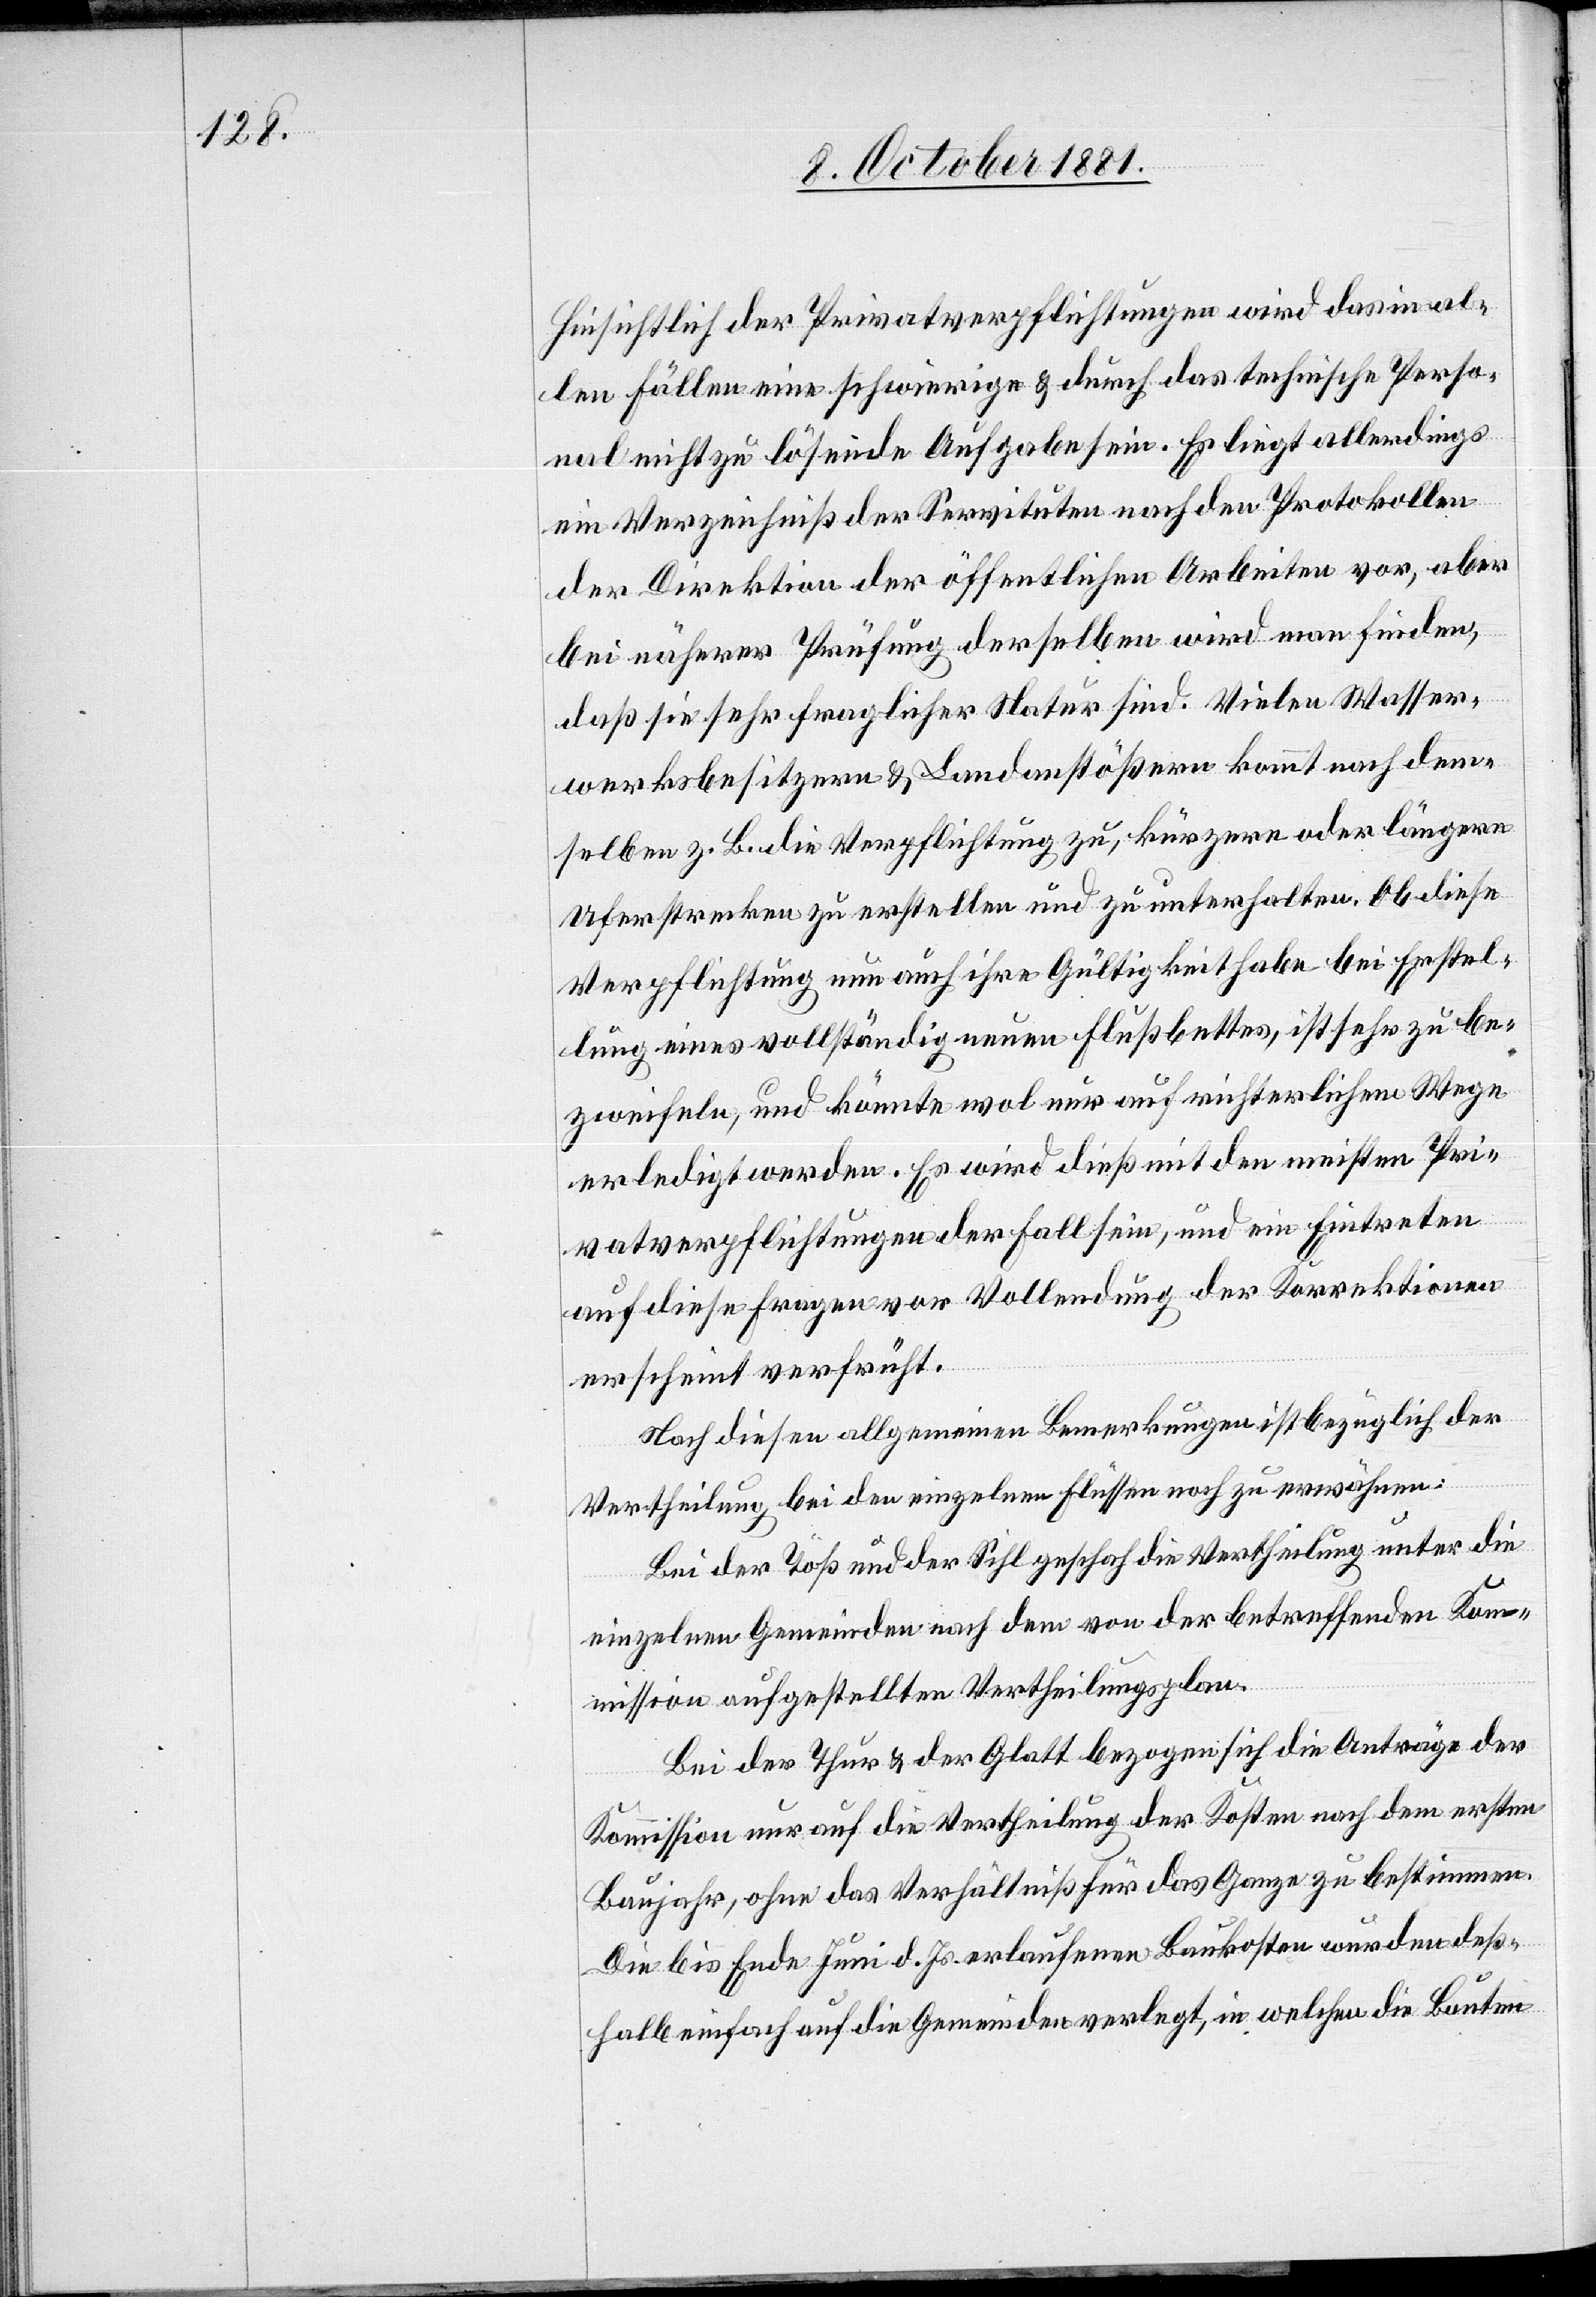
hinsichtlich der Privatverpflichtungen wird das in al¬
len Fällen eine schwierige & durch das technische Perso¬
nal nicht zu lösende Aufgabe sein. Es liegt allerdings
ein Verzeichniß der Servituten nach den Protokollen
der Direktion der öffentlichen Arbeiten vor, aber
bei näherer Prüfung derselben wird man finden,
daß sie sehr fraglicher Natur sind. Vielen Wasser¬
werksbesitzern & Landanstößern kommt nach den¬
selben z. L. die Verpflichtung zu, kürzere oder längere
Uferstrecken zu erstellen und zu unterhalten. Ob diese
Verpflichtung nun auch ihre Gültigkeit habe bei Erstel¬
lung eines vollständig neuen Flußbettes, ist sehr zu be¬
zweifeln, und könnte wol nur auf nichtehrlichem Wege
erledigt werden. Es wird dieß mit den meisten Pri¬
vatverpflichtungen der Fall sein, und ein Eintreten
auf diese Fragen vor Vollendung der Korrektionen
erscheint verfrüht.
Nach diesen allgemeinen Bemerkungen ist bezüglich der
Vertheilung bei den einzelnen Flüssen noch zu erwähnen:
Bei der Töß und der Sihl geschah die Vertheilung unter die
einzelnen Gemeinden nach dem von der betreffenden Kom¬
mission aufgestellten Vertheilungsplan.
Bei der Thur & der Glatt bezogen sich die Anträge der
Kommission nur auf die Vertheilung der Kosten nach dem ersten
Baujahr, ohne das Verhältniß für das Ganze zu bestimmen.
Die bis Ende Juni d. Js. erlaufenen Baukosten wurden des¬
halb einfach auf die Gemeinden verlegt, in welchen die Bauten